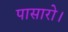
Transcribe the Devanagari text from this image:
पासारो।